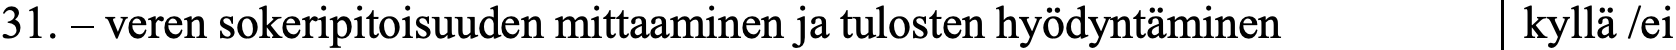
31. – veren sokeripitoisuuden mittaaminen ja tulosten hyödyntäminen kyllä /ei